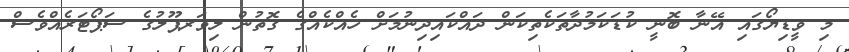
މި ވީޑިޔޯގައި އޭނާ ބޮނީ ކުޑަކަމުދާތަކެތިކަން ދައްކައިދިނުމަށް ހެއްކެއްގެ ގޮތުން ލިވަރޕޫލުގެ ސަޕޯޓަރެއްވެސް